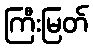
ကြီးမြတ်